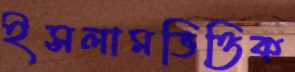
ইসলামভিত্তিক